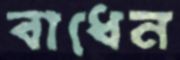
বাধেন